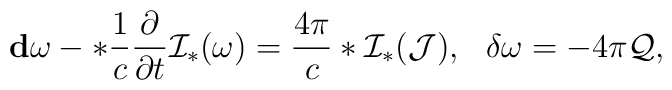
{\bf d}\omega-*\frac {1}{c} \frac {\partial }{\partial t}{\cal I}_*(\omega)=\frac {4\pi}{c}*{\cal I}_*({\cal J}),\ \ \delta \omega =-4\pi {\cal Q},